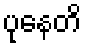
ပုနေတိ